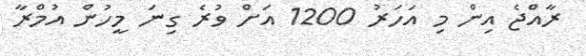
ރާއްޖެ އިން މި އަހަރު 1200 އަށް ވުރެ ގިނަ މީހުން އުމްރާ